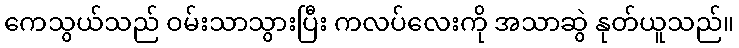
ကေသွယ်သည် ဝမ်းသာသွားပြီး ကလပ်လေးကို အသာဆွဲ နုတ်ယူသည်။